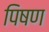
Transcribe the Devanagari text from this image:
पिषण